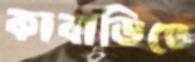
কাবাডিতে